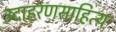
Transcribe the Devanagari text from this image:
उदाहरणसाहित्य